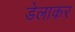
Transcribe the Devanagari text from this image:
डेलाकर